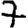
Digit: 7